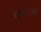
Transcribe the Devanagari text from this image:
चचनामो